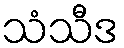
သံသီဒ